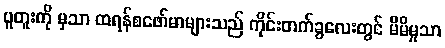
ပူတူးကို မှသာ ထရန်စဖော်မာများသည် ကိုင်းတက်ခွလေးတွင် မိမိမှုသာ